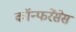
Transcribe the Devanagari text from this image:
कॉन्फरेंसेस